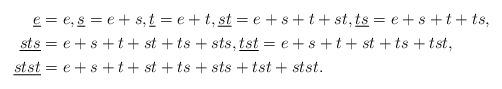
LaTeX: \begin{align*}\underline{e} & = e, \underline{s} = e + s, \underline{t} = e + t, \underline{st} = e + s + t + st, \underline{ts} = e + s + t + ts, \\\underline{sts} & = e + s + t + st + ts + sts, \underline{tst} = e + s + t + st + ts + tst, \\\underline{stst} & = e + s + t + st + ts + sts + tst + stst.\end{align*}